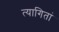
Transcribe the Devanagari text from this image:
त्यागितां